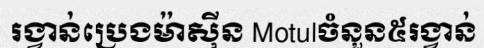
រង្វាន់ប្រេងម៉ាស៊ីន Motulចំនួន៥រង្វាន់